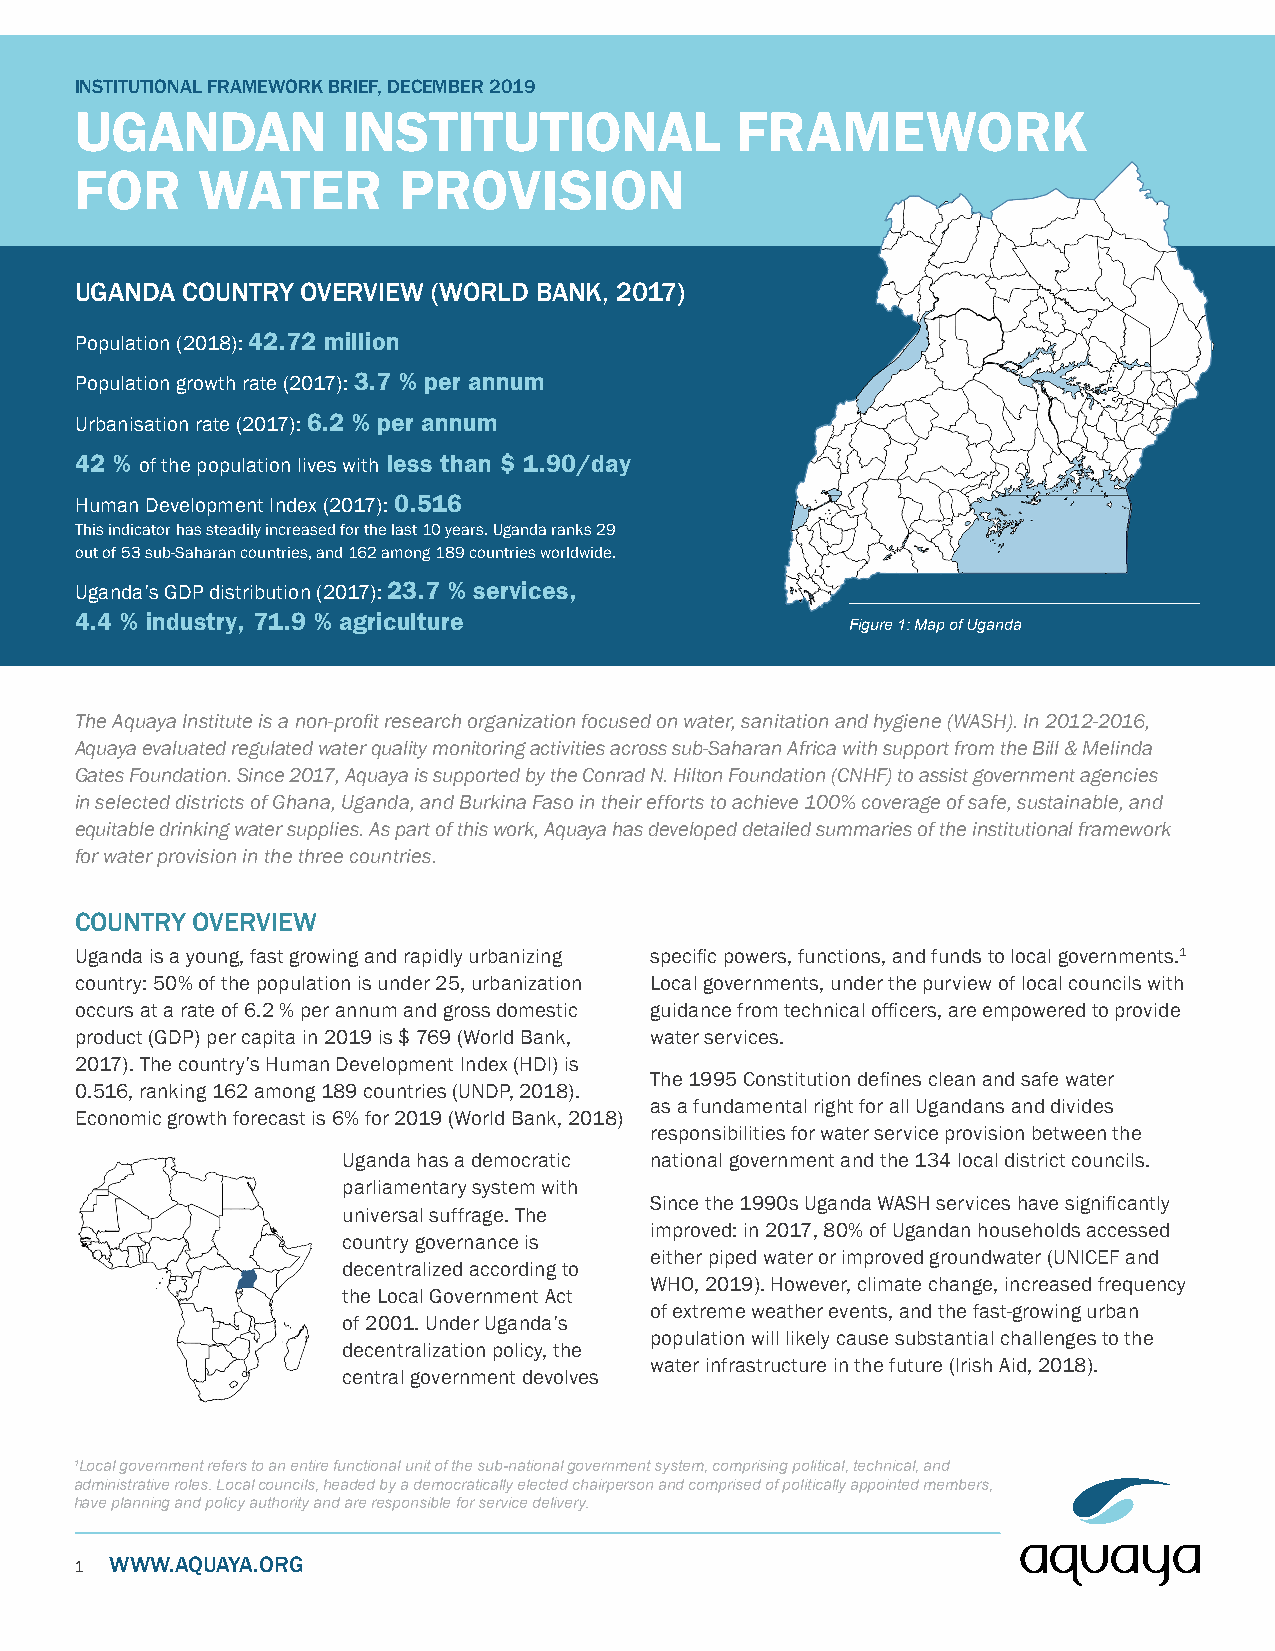
INSTITUTIONAL FRAMEWORK BRIEF, DECEMBER 2019
 UGANDAN           INSTITUTIONAL             FRAMEWORK
 FOR     WATER        PROVISION
 UGANDA COUNTRY OVERVIEW (WORLD BANK, 2017)
 Population (2018): 42.72 million
 Population growth rate (2017): 3.7 % per annum
 Urbanisation rate (2017): 6.2 % per annum
 42 % of the population lives with less than $ 1.90/day
 Human Development Index (2017): 0.516
 This indicator has steadily increased for the last 10 years. Uganda ranks 29
 out of 53 sub-Saharan countries, and 162 among 189 countries worldwide.
 Uganda’s GDP distribution (2017): 23.7 % services,
 4.4 % industry, 71.9 % agriculture
 Figure 1: Map of Uganda
 The Aquaya Institute is a non-profit research organization focused on water, sanitation and hygiene (WASH). In 2012-2016,
 Aquaya evaluated regulated water quality monitoring activities across sub-Saharan Africa with support from the Bill & Melinda
 Gates Foundation. Since 2017, Aquaya is supported by the Conrad N. Hilton Foundation (CNHF) to assist government agencies
 in selected districts of Ghana, Uganda, and Burkina Faso in their efforts to achieve 100% coverage of safe, sustainable, and
 equitable drinking water supplies. As part of this work, Aquaya has developed detailed summaries of the institutional framework
 for water provision in the three countries.
 COUNTRY OVERVIEW
 Uganda is a young, fast growing and rapidly urbanizing specific powers, functions, and funds to local governments.1
 country: 50% of the population is under 25, urbanization Local governments, under the purview of local councils with
 occurs at a rate of 6.2 % per annum and gross domestic guidance from technical officers, are empowered to provide
 product (GDP) per capita in 2019 is $ 769 (World Bank, water services.
 2017). The country’s Human Development Index (HDI) is
 The 1995 Constitution defines clean and safe water
 0.516, ranking 162 among 189 countries (UNDP, 2018).
 as a fundamental right for all Ugandans and divides
 Economic growth forecast is 6% for 2019 (World Bank, 2018)
 responsibilities for water service provision between the
 Uganda has a democratic national government and the 134 local district councils.
 parliamentary system with
 Since the 1990s Uganda WASH services have significantly
 universal suffrage. The
 improved: in 2017, 80% of Ugandan households accessed
 country governance is
 either piped water or improved groundwater (UNICEF and
 decentralized according to
 WHO, 2019). However, climate change, increased frequency
 the Local Government Act
 of extreme weather events, and the fast-growing urban
 of 2001. Under Uganda’s
 population will likely cause substantial challenges to the
 decentralization policy, the
 water infrastructure in the future (Irish Aid, 2018).
 central government devolves
 1Local government refers to an entire functional unit of the sub-national government system, comprising political, technical, and
 administrative roles. Local councils, headed by a democratically elected chairperson and comprised of politically appointed members,
 have planning and policy authority and are responsible for service delivery.
 1 WWW.AQUAYA.ORG